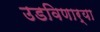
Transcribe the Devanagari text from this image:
उडविणार्‍या